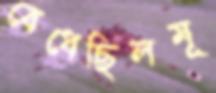
বেধেছিলমূ